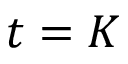
t = K